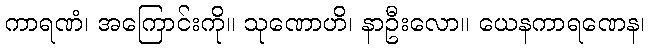
ကာရဏံ၊ အကြောင်းကို။ သုဏောဟိ၊ နာဦးလော။ ယေနကာရဏေန၊